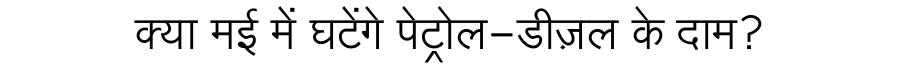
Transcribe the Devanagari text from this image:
क्या मई में घटेंगे पेट्रोल-डीज़ल के दाम?